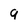
Character: q